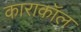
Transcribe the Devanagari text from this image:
काराकॉल